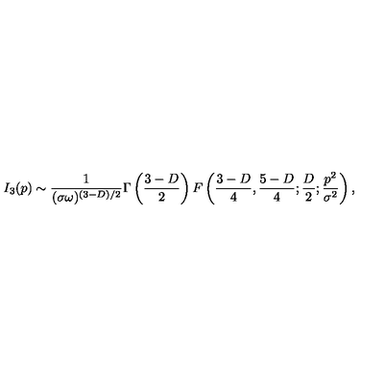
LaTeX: I _ { 3 } ( p ) \sim \frac { 1 } { ( \sigma \omega ) ^ { ( 3 - D ) / 2 } } \Gamma \left( \frac { 3 - D } { 2 } \right) F \left( \frac { 3 - D } { 4 } , \frac { 5 - D } { 4 } ; \frac { D } { 2 } ; \frac { p ^ { 2 } } { \sigma ^ { 2 } } \right) ,